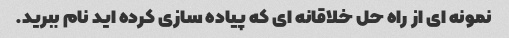
نمونه ای از راه حل خلاقانه ای که پیاده سازی کرده اید نام ببرید.